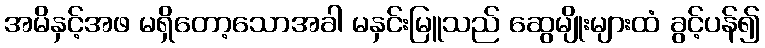
အမိနှင့်အဖ မရှိတော့သောအခါ မနှင်းမြူသည် ဆွေမျိုးများထံ ခွင့်ပန်၍